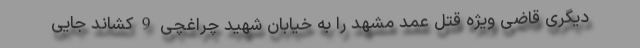
دیگری قاضی ویژه قتل عمد مشهد را به خیابان شهید چراغچی 9 کشاند جایی